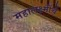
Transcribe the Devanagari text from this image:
महालक्ष्मींचे